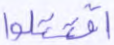
اقتتلوا